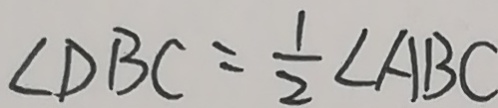
\angle D B C = \frac { 1 } { 2 } \angle A B C